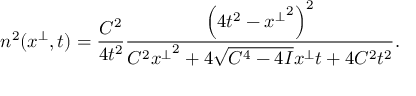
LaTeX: n ^ { 2 } ( x ^ { \perp } , t ) = \frac { C ^ { 2 } } { 4 t ^ { 2 } } \frac { \left( 4 t ^ { 2 } - { x ^ { \perp } } ^ { 2 } \right) ^ { 2 } } { C ^ { 2 } { x ^ { \perp } } ^ { 2 } + 4 \sqrt { C ^ { 4 } - 4 I } x ^ { \perp } t + 4 C ^ { 2 } t ^ { 2 } } .